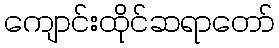
ကျောင်းထိုင်ဆရာတော်